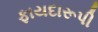
ફાયદારૂપી